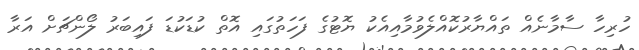
ހުރިހާ ސާމާނެއް ތައްޔާރުކޮއްލެވުމާއިއެކު ޔޮޓުގެ ފަހަތުގައި އޮތް ކުޑަކުޑަ ފައިބަރު ލޯންޗަށް އަރާ